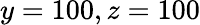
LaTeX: y=100,\mathrm{{}}z=100